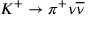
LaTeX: K ^ { + } \rightarrow \pi ^ { + } \nu { \overline { { \nu } } }